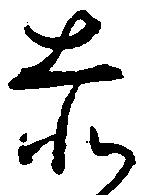
赤